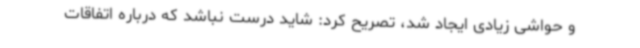
و حواشی زیادی ایجاد شد، تصریح کرد: شاید درست نباشد که درباره اتفاقات